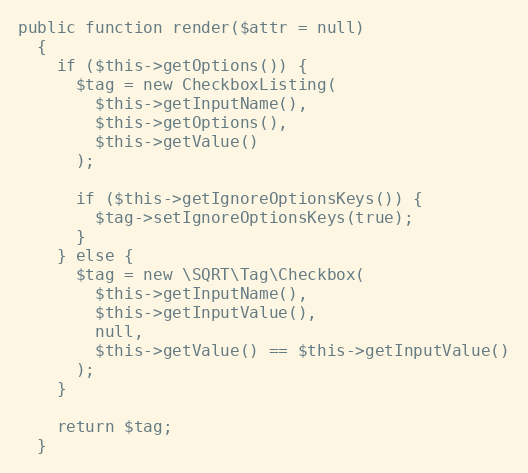
Language: PHP
public function render($attr = null)
  {
    if ($this->getOptions()) {
      $tag = new CheckboxListing(
        $this->getInputName(),
        $this->getOptions(),
        $this->getValue()
      );

      if ($this->getIgnoreOptionsKeys()) {
        $tag->setIgnoreOptionsKeys(true);
      }
    } else {
      $tag = new \SQRT\Tag\Checkbox(
        $this->getInputName(),
        $this->getInputValue(),
        null,
        $this->getValue() == $this->getInputValue()
      );
    }

    return $tag;
  }